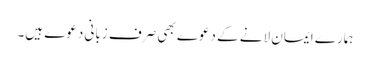
ہمارے ایمان لانے کے دعوے بھی صرف زبانی دعوے ہیں۔